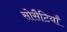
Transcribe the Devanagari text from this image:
सोसैटियाँ